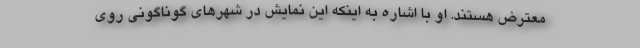
معترض هستند. او با اشاره به اینکه این نمایش در شهرهای گوناگونی روی